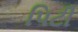
પિટી